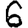
Digit: 6